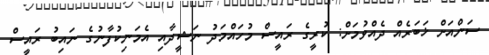
ސަންއަށް ޚަބަރެއް ދެއްވުމަށް: ކުރީގެ ރައީސް މުހައްމަދު ނަޝީދާއި އެމަނިކުފާނުގެ ނައިބު ރައީސް